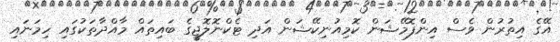
އޭގެ އިތުރުން ވެސް އިންފޮމޭޝަން ކޮމިއުނިކޭޝަން އަދި ޓެކްނޮލޮޖީގެ ބައިތައް މާއްދާތަކުގައި ހިމަނައި